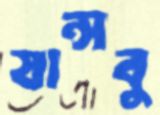
যান্সবু